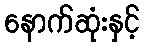
နောက်ဆုံးနှင့်